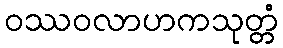
ဝဿဝလာဟကသုတ္တံ